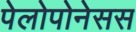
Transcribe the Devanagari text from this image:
पेलोपोनेसस